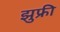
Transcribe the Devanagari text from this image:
झुफ्री